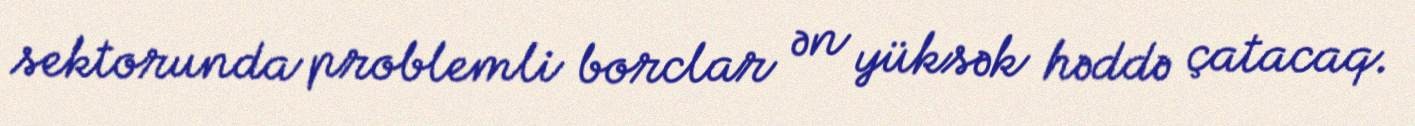
sektorunda problemli borclar ən yüksək həddə çatacaq.